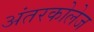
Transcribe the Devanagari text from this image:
अंतरकोलेज